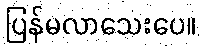
ပြန်မလာသေးပေ။